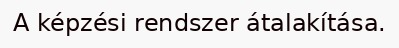
A képzési rendszer átalakítása.